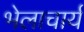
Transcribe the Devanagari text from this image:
भेलाचार्य